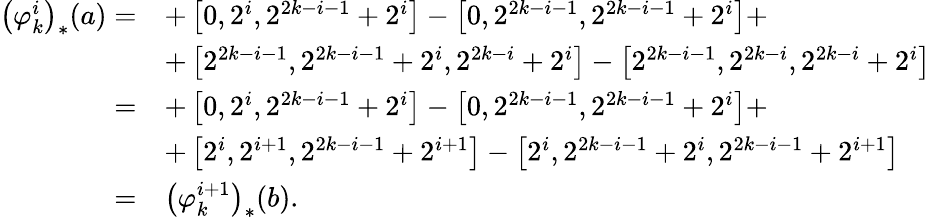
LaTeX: \begin{array}{rl}{\left(\varphi_{k}^{i}\right)_{*}(a)=}&{+\left[0,2^{i},2^{2k-i-1}+2^{i}\right]-\left[0,2^{2k-i-1},2^{2k-i-1}+2^{i}\right]+}\\ &{+\left[2^{2k-i-1},2^{2k-i-1}+2^{i},2^{2k-i}+2^{i}\right]-\left[2^{2k-i-1},2^{2k-i},2^{2k-i}+2^{i}\right]}\\ {=}&{+\left[0,2^{i},2^{2k-i-1}+2^{i}\right]-\left[0,2^{2k-i-1},2^{2k-i-1}+2^{i}\right]+}\\ &{+\left[2^{i},2^{i+1},2^{2k-i-1}+2^{i+1}\right]-\left[2^{i},2^{2k-i-1}+2^{i},2^{2k-i-1}+2^{i+1}\right]}\\ {=}&{\left(\varphi_{k}^{i+1}\right)_{*}(b).}\end{array}